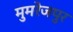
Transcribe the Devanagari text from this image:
मुमरेजपुर